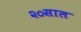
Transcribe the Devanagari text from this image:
२०साल